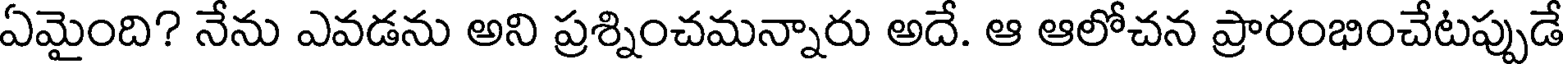
ఏమైంది? నేను ఎవడను అని ప్రశ్నించమన్నారు అదే. ఆ ఆలోచన ప్రారంభించేటప్పుడే